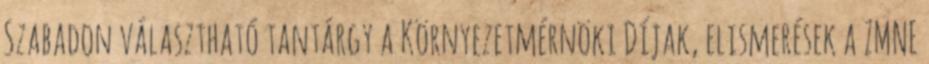
Szabadon választható tantárgy a Környezetmérnöki Díjak, elismerések a ZMNE